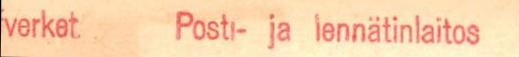
verket Posti- ja lennätinlaitos